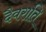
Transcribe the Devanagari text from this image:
दैवराति